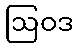
ဩဝဒ